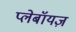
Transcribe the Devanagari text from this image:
प्लेबॉयज़